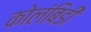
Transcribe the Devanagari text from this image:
कोलंबिडी